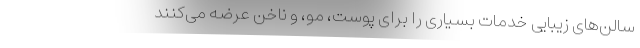
سالن‌های زیبایی خدمات بسیاری را برای پوست، مو، و ناخن عرضه می‌کنند